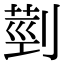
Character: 𦳲